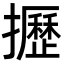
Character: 攊